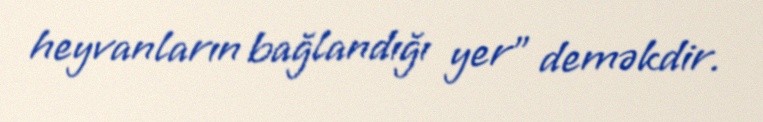
heyvanların bağlandığı yer" deməkdir.